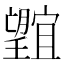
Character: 𭩕